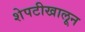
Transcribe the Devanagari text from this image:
शेपटीखालून